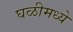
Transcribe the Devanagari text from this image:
घळीमध्ये